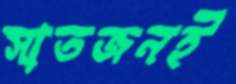
সাতজনই